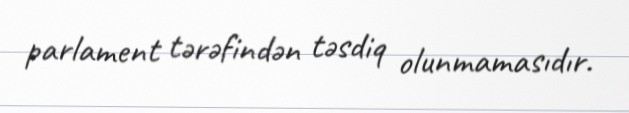
parlament tərəfindən təsdiq olunmamasıdır.